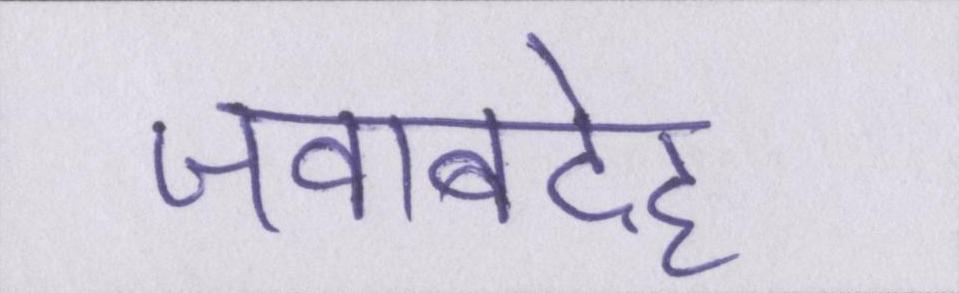
जवाबदेह